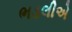
ભડલીએ